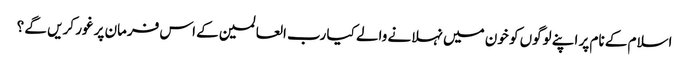
اسلام کے نام پر اپنے لوگوں کو خون میں نہلانے والے کیا رب العالمین کے اس فرمان پر غور کریں گے ؟